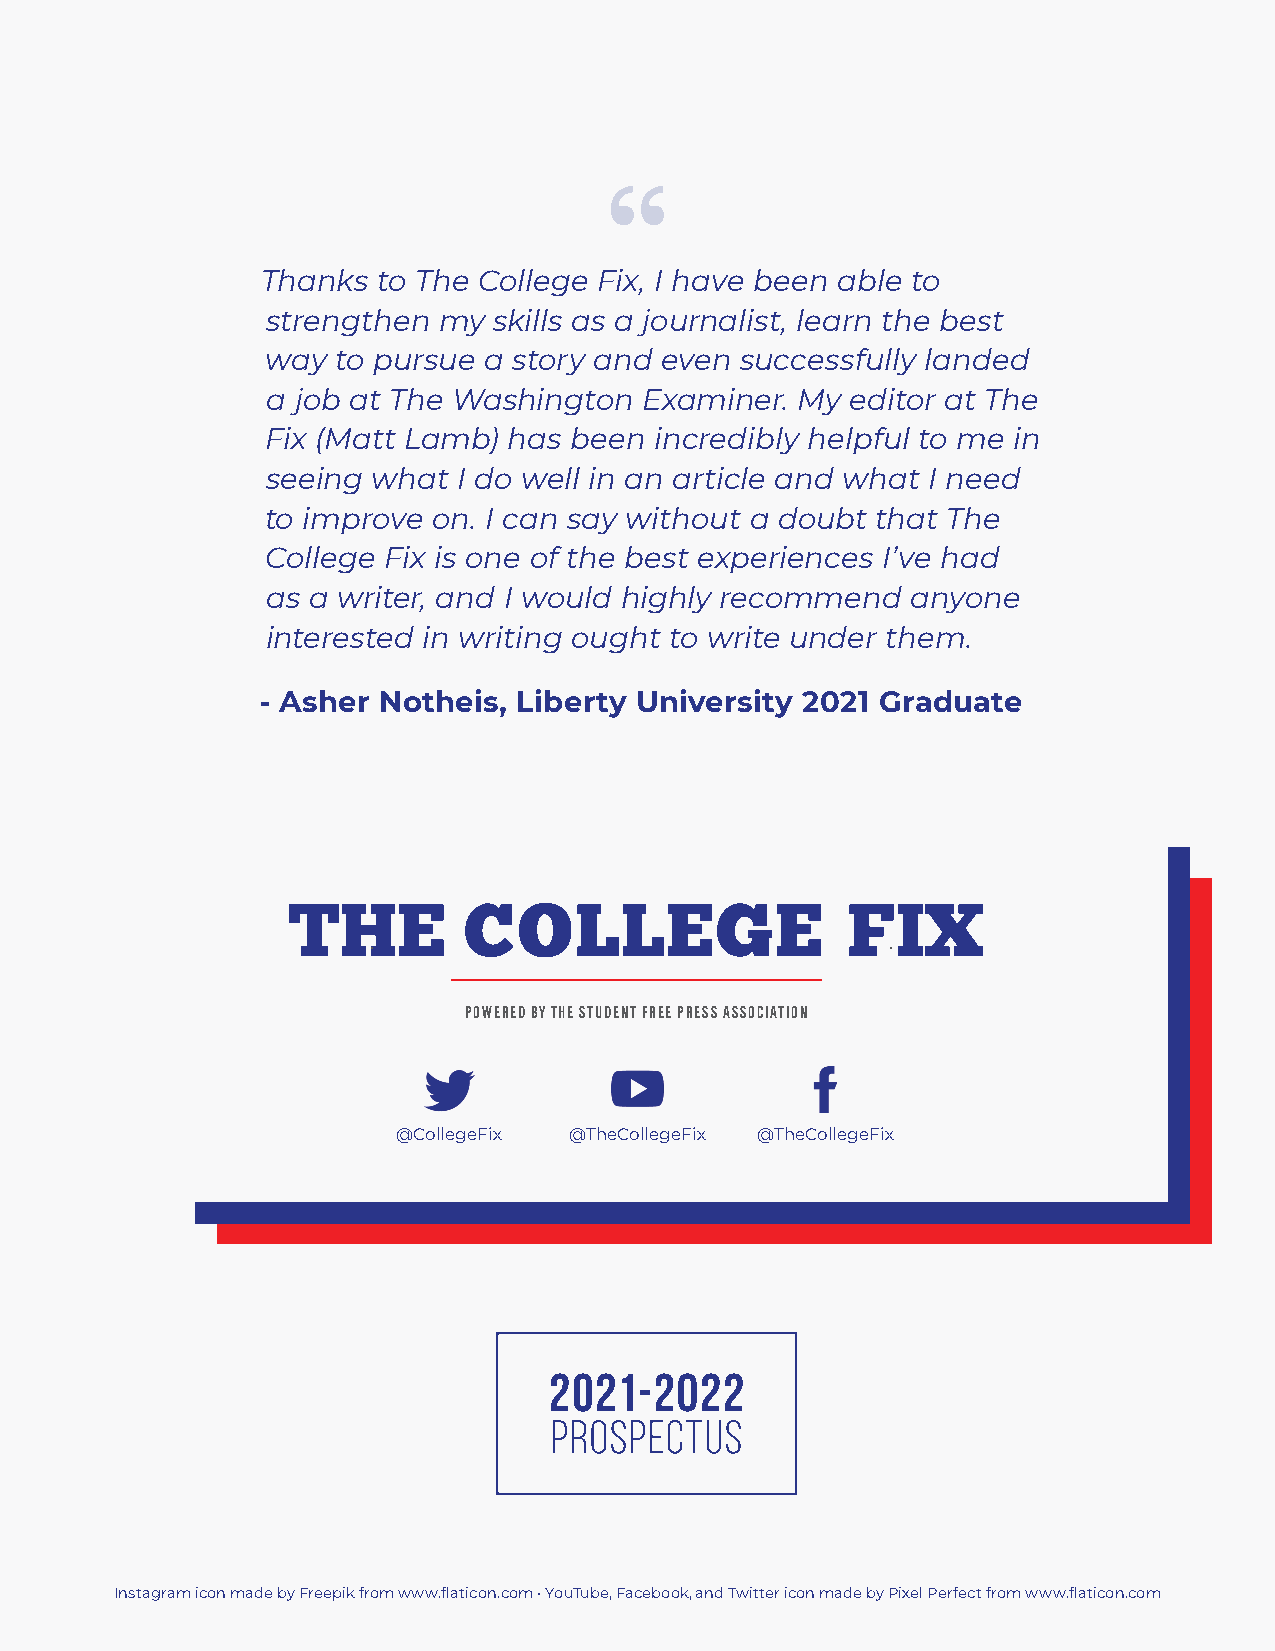
Thanks  to The College Fix, I have been able to
 strengthen my  skills as a journalist, learn the best
 way to pursue a story and even successfully landed
 a job at The Washington  Examiner. My editor at The
 Fix (Matt Lamb) has been incredibly helpful to me in
 seeing what I do well in an article and what I need
 to improve on. I can say without a doubt that The
 College Fix is one of the best experiences I’ve had
 as a writer, and I would highly recommend anyone
 interested in writing ought to write under them.
 - Asher Notheis, Liberty University 2021 Graduate
 POWERED BY THE STUDENT FREE PRESS ASSOCIATION
 @CollegeFix @TheCollegeFix @TheCollegeFix
 Instagram icon made by Freepik from www.flaticon.com • YouTube, Facebook, and Twitter icon made by Pixel Perfect from www.flaticon.com